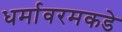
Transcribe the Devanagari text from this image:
धर्मावरमकडे